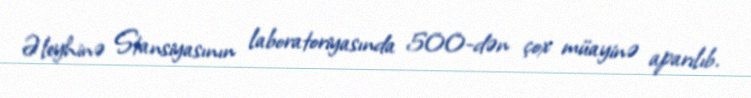
Əleyhinə Stansiyasının laboratoriyasında 500-dən çox müayinə aparılıb.